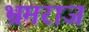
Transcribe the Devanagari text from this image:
भ्रमराज